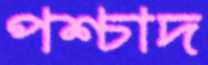
পশ্চাদ